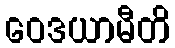
ဝေဒယာမီတိ